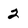
Character: 2